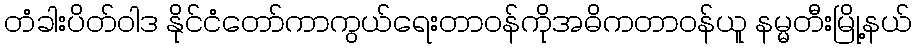
တံခါးပိတ်ဝါဒ နိုင်ငံတော်ကာကွယ်ရေးတာဝန်ကိုအဓိကတာဝန်ယူ နမ္မတီးမြို့နယ်